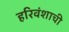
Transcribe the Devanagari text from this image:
हरिवंशाची